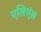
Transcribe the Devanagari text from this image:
एलिएंस